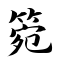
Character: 箢